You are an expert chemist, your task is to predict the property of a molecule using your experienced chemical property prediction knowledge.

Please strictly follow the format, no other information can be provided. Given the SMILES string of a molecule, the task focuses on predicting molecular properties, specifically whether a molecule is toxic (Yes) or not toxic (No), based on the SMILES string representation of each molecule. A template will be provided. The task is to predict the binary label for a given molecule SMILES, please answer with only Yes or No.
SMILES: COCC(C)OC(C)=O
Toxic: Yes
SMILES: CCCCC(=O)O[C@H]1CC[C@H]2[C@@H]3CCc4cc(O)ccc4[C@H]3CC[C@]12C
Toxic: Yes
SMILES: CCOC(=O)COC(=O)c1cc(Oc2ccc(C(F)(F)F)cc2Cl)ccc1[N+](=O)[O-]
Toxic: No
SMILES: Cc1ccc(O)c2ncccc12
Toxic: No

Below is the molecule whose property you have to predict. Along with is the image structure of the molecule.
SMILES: Cl[V](Cl)(C1C=CC=C1)C1C=CC=C1
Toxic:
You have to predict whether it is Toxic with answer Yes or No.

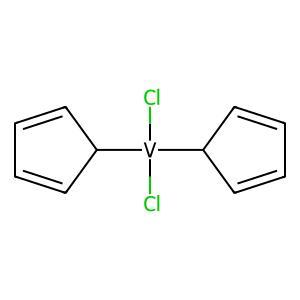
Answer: No